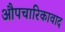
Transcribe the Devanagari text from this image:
औपचारिकावाद